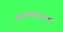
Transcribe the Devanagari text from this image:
खाण्यालायक